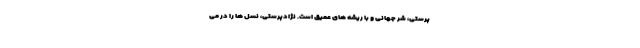
پرستی، شر جهانی و با ریشه های عمیق است. نژادپرستی، نسل ها را در می